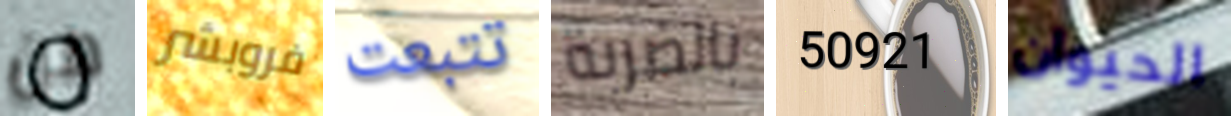
من فروبشر تتبعت بالضربة 50921 الحيوان